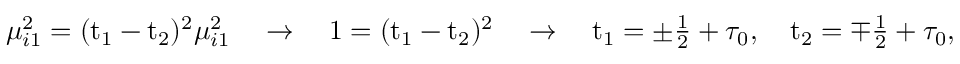
\begin{array} { r } { \mu _ { i 1 } ^ { 2 } = ( \mathrm { t } _ { 1 } - \mathrm { t } _ { 2 } ) ^ { 2 } \mu _ { i 1 } ^ { 2 } \quad \rightarrow \quad 1 = ( \mathrm { t } _ { 1 } - \mathrm { t } _ { 2 } ) ^ { 2 } \quad \rightarrow \quad \mathrm { t } _ { 1 } = \pm \frac { 1 } { 2 } + \tau _ { 0 } , \quad \mathrm { t } _ { 2 } = \mp \frac { 1 } { 2 } + \tau _ { 0 } , } \end{array}